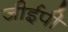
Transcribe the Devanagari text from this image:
जीईपी